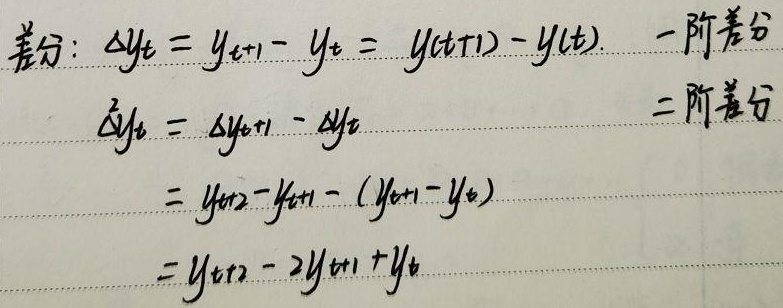
差分：\(\Delta y_t = y_{t + 1}-y_t=y(t + 1)-y(t)\)  一阶差分
\[
\begin{align*}
\Delta^2 y_t&=\Delta y_{t + 1}-\Delta y_t\\
&=y_{t + 2}-y_{t + 1}-(y_{t + 1}-y_t)\\
&=y_{t + 2}-2y_{t + 1}+y_t
\end{align*}
\] 二阶差分